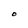
Character: O